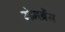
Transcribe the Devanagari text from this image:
मेमब्रेंस